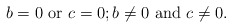
\begin{align*} b=0\mbox{ or }c=0; b\neq 0 \mbox{ and }c\neq 0.\end{align*}